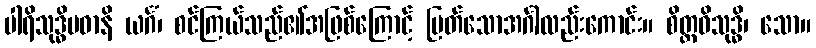
ပါရိသုဒ္ဓိပဓာနိ ယင်္ဂံ၊ စင်ကြယ်သည်၏အဖြစ်ကြောင့် မြတ်သောအင်္ဂါလည်းကောင်း။ စိတ္တဝိသုဒ္ဓိ၊ သော။